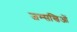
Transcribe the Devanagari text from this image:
जम्सखिओं